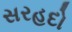
સરહદો